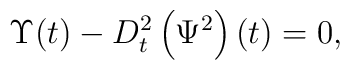
\Upsilon(t) -D^2_t\left(\Psi^2\right)(t)=0,